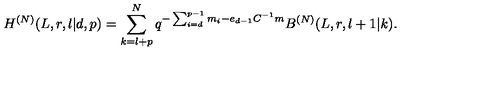
H ^ { ( N ) } ( L , r , l | d , p ) = \sum _ { k = l + p } ^ { N } q ^ { - \sum _ { i = d } ^ { p - 1 } m _ { i } - e _ { d - 1 } C ^ { - 1 } m } B ^ { ( N ) } ( L , r , l + 1 | k ) .